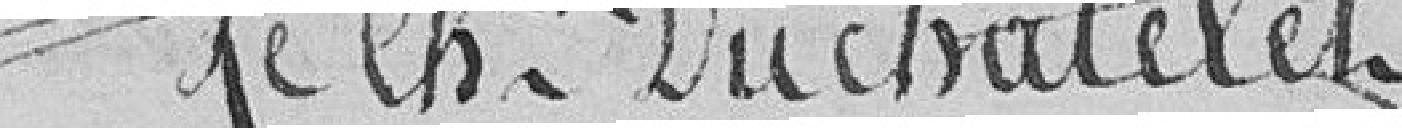
Duchâtelet